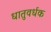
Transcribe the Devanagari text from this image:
धातुवर्धक